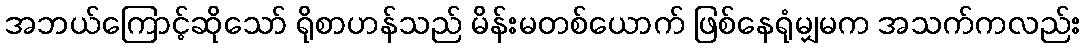
အဘယ်ကြောင့်ဆိုသော် ရိုစာဟန်သည် မိန်းမတစ်ယောက် ဖြစ်နေရုံမျှမက အသက်ကလည်း